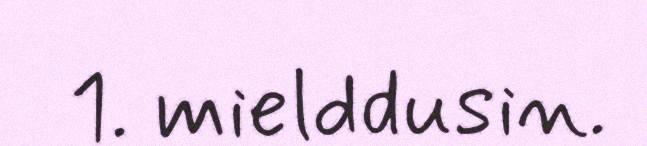
1. mielddusin.